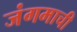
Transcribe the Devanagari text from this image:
जंगमाची